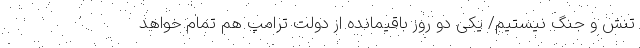
تنش و جنگ نیستیم/ یکی دو روز باقیمانده از دولت ترامپ هم تمام خواهد